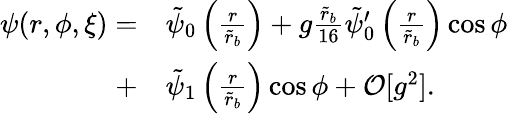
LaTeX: \begin{array}{rl}{\psi(r,\phi,\xi)=}&{\tilde{\psi}_{0}\left(\frac{r}{\tilde{r}_{b}}\right)+g\frac{\tilde{r}_{b}}{16}\tilde{\psi}_{0}^{\prime}\left(\frac{r}{\tilde{r}_{b}}\right)\cos\phi}\\ {+}&{\tilde{\psi}_{1}\left(\frac{r}{\tilde{r}_{b}}\right)\cos\phi+\mathcal{O}[g^{2}].}\end{array}